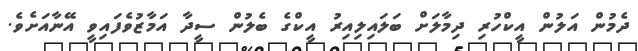
ދެމުން އަލުން އީކްހުރި ދިމާލަށް ބަލައިލިއިރު އީކްގެ ބެލުން ސީދާ އަމާޒުވެފައިވީ އޭނާއަށެވެ.